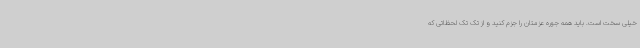
خیلی سخت است. باید همه جوره عزمتان را جزم کنید و از تک تک لحظاتی که